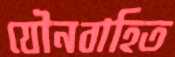
যৌনবাহিত